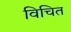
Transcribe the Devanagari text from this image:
विचित